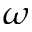
\omega